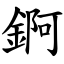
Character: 錒